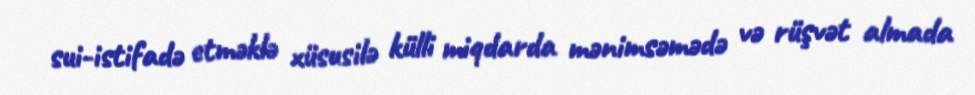
sui-istifadə etməklə xüsusilə külli miqdarda mənimsəmədə və rüşvət almada